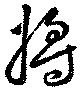
將